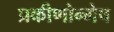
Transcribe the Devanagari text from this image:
प्रकीणोन्मेष